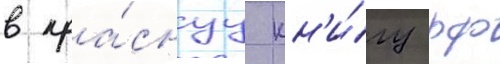
в кра́снуу кн'и́гу рф